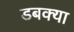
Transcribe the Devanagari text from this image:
डबक्या